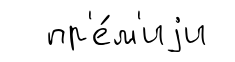
пр'е́м'иjи